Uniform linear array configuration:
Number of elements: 16
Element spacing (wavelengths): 0.75
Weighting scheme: hamming
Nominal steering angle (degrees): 30
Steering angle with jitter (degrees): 30.51
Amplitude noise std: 0.05
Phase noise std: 0.05

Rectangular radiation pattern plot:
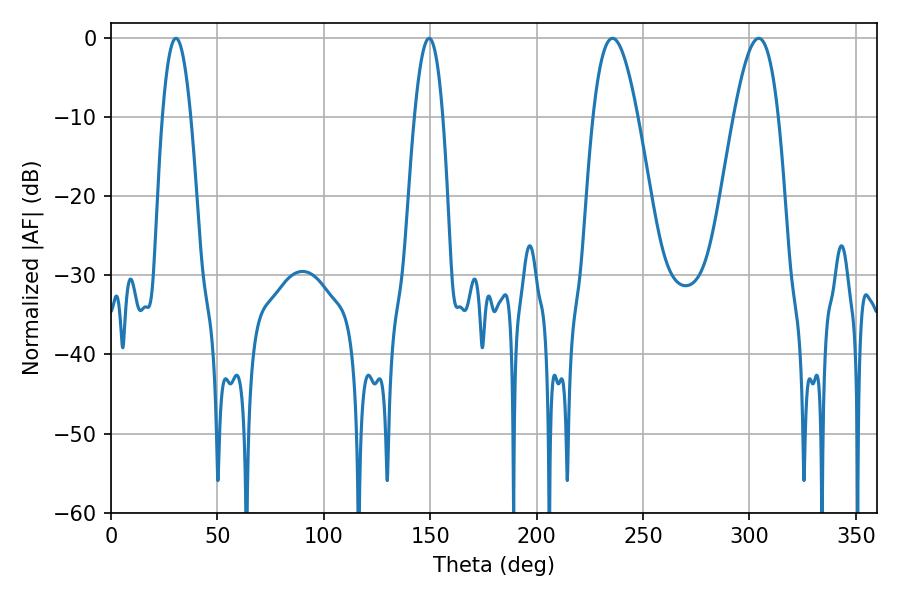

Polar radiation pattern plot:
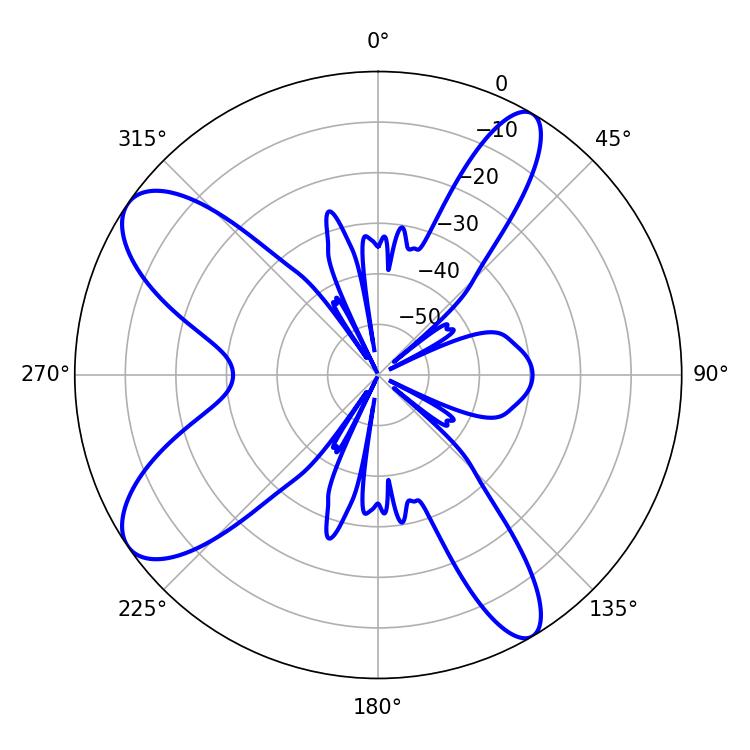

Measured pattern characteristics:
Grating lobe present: TRUE
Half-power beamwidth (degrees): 11.34
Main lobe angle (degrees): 235.62